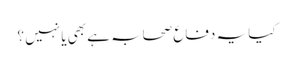
کیا یہ دفاع صحابہ ہے بھی یا نہیں ؟